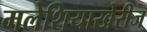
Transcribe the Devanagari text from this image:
मलेशियाखेरीज